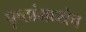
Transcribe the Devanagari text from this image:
पृष्ठांमध्येच